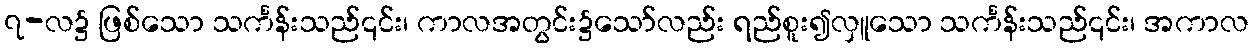
၇-လ၌ ဖြစ်သော သင်္ကန်းသည်၎င်း၊ ကာလအတွင်း၌သော်လည်း ရည်စူး၍လှူသော သင်္ကန်းသည်၎င်း၊ အကာလ